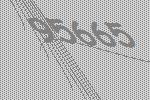
95665